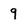
Character: 9